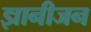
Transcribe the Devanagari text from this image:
ज्ञानीजन